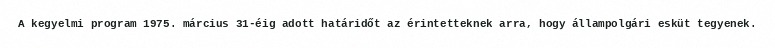
A kegyelmi program 1975. március 31-éig adott határidőt az érintetteknek arra, hogy állampolgári esküt tegyenek.